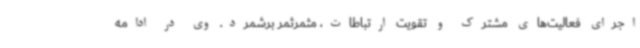
اجرای فعالیت‌های مشترک و تقویت ارتباطات، مثمرثمر برشمرد. وی در ادامه